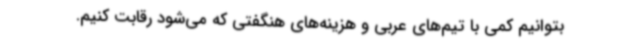
بتوانیم کمی با تیم‌های عربی و هزینه‌های هنگفتی که می‌شود رقابت کنیم.